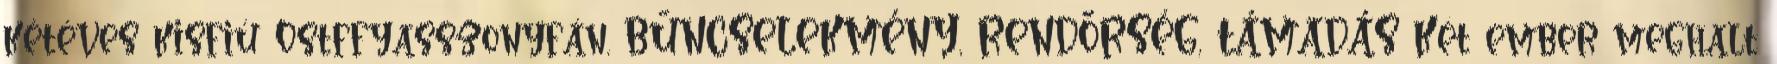
kétéves kisfiú Ostffyasszonyfán. BŰNCSELEKMÉNY, RENDŐRSÉG, TÁMADÁS Két ember meghalt